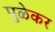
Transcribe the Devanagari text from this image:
पुळेकर